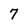
Character: 7